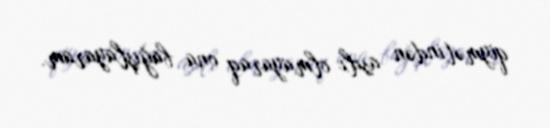
qiymətindən asılı olmayaraq ona bağışlayaram.